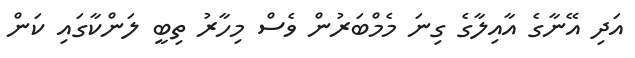
އަދި އޭނާގެ އާއިލާގެ ގިނަ މެމްބަރުން ވެސް މިހާރު ތިބީ ލަންކާގައި ކަން